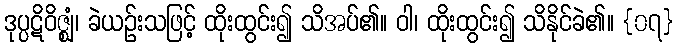
ဒုပ္ပဋိဝိဇ္ဈံ၊ ခဲယဉ်းသဖြင့် ထိုးထွင်း၍ သိအပ်၏။ ဝါ၊ ထိုးထွင်း၍ သိနိုင်ခဲ၏။ {၀၇}